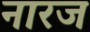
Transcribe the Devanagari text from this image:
नारज